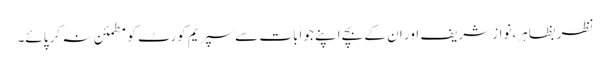
نظر بظاہر،نواز شریف اور ان کے بچے اپنے جوابات سے سپریم کورٹ کو مطمئن نہ کر پائے۔